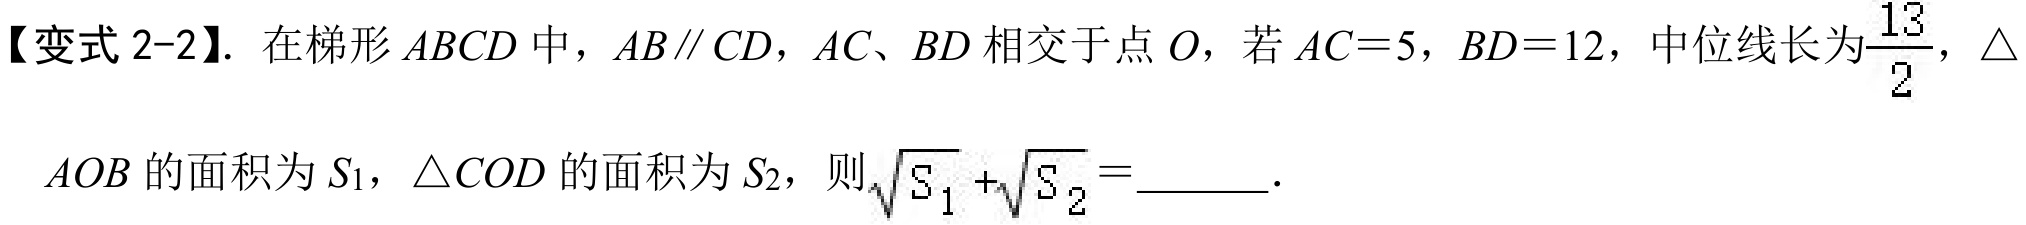
【变式 2-2】. 在梯形 \(ABCD\) 中，\(AB\parallel CD\)，\(AC\)、\(BD\) 相交于点 \(O\)，若 \(AC = 5\)，\(BD = 12\)，中位线长为\(\frac{13}{2}\)，\(\triangle\)
\(AOB\) 的面积为 \(S_{1}\)，\(\triangle COD\) 的面积为 \(S_{2}\)，则\(\sqrt{S_{1}}+\sqrt{S_{2}}=\underline{\qquad}\).